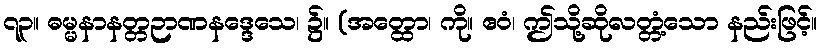
၇၃။ ဓမ္မနာနတ္တဉာဏနဒ္ဒေသေ၊ ၌။ (အတ္ထော၊ ကို။ ဧဝံ၊ ဤသို့ဆိုလတ္တံ့သော နည်းဖြင့်။